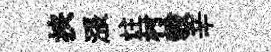
挟漲炷村彀辛